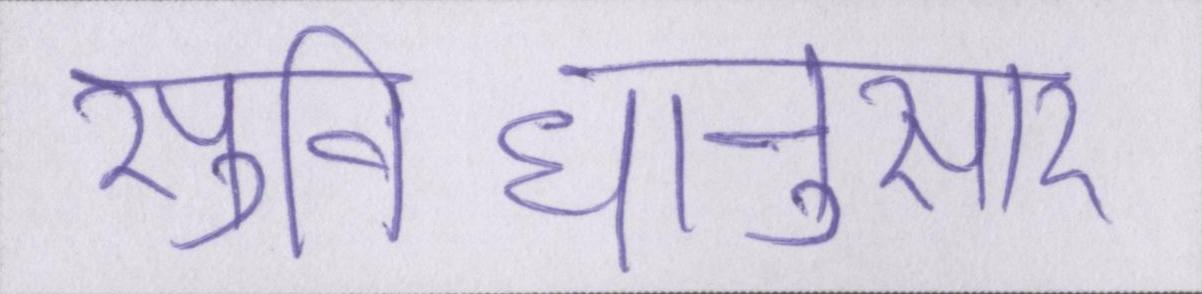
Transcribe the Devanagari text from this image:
सुविधानुसार